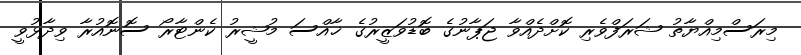
މިރަސްމިއްޔާތު ޝަރަފްވެރި ކޮށްދެއްވާ ޖަޕާނުގެ ބޮޑުވަޒީރުގެ ޚާއްސަ މުޝީރު ކެންޓާރޯ ސޮނޮއުރާ ވިދާޅުވީ